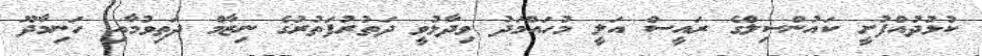
ކުޅުދުއްފުށީ ކައުންސިލްގެ ރައީސް އަލީ މުހައްމަދު ވިދާޅުވީ ދަތުރުފަތުރުގެ ނިޒާމް ދަތިވުމާއި ހަނިމާދޫ